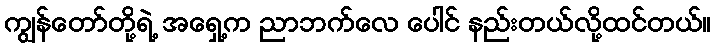
ကျွန်တော်တို့ရဲ့ အရှေ့က ညာဘက်လေ ပေါင် နည်းတယ်လို့ထင်တယ်။